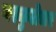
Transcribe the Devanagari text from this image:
वस्कुलेचर